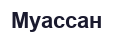
Муассан